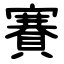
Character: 賽